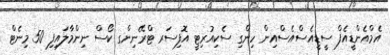
އެމްއެންޑީއެފް ސީޑީއެސްއެސްއިން ހިންގި ސެކިއުރިޓީ އޮފިސަރ ޓްރޭނިންގ ކޯސް ނިންމާލައިފި 50 މިނެޓް